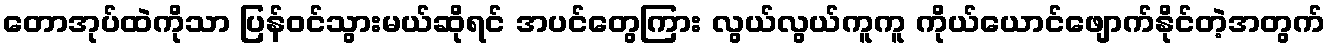
တောအုပ်ထဲကိုသာ ပြန်ဝင်သွားမယ်ဆိုရင် အပင်တွေကြား လွယ်လွယ်ကူကူ ကိုယ်ယောင်ဖျောက်နိုင်တဲ့အတွက်